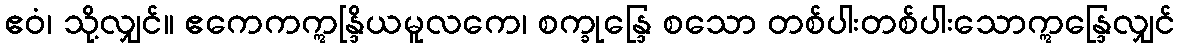
ဧဝံ၊ သို့လျှင်။ ဧကေကဣန္ဒြိယမူလကေ၊ စက္ခုန္ဒြေ စသော တစ်ပါးတစ်ပါးသောဣန္ဒြေလျှင်